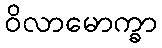
ဝိလာမောက္ခာ